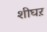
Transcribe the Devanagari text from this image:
शीघऱ